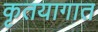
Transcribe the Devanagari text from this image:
कृतयागात